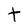
Character: t